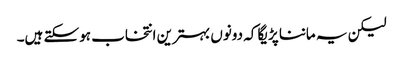
لیکن یہ ماننا پڑیگا کہ دونوں بہترین انتخاب ہوسکتے ہیں۔